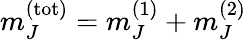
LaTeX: m_{J}^{(\mathrm{tot})}=m_{J}^{(1)}+m_{J}^{(2)}